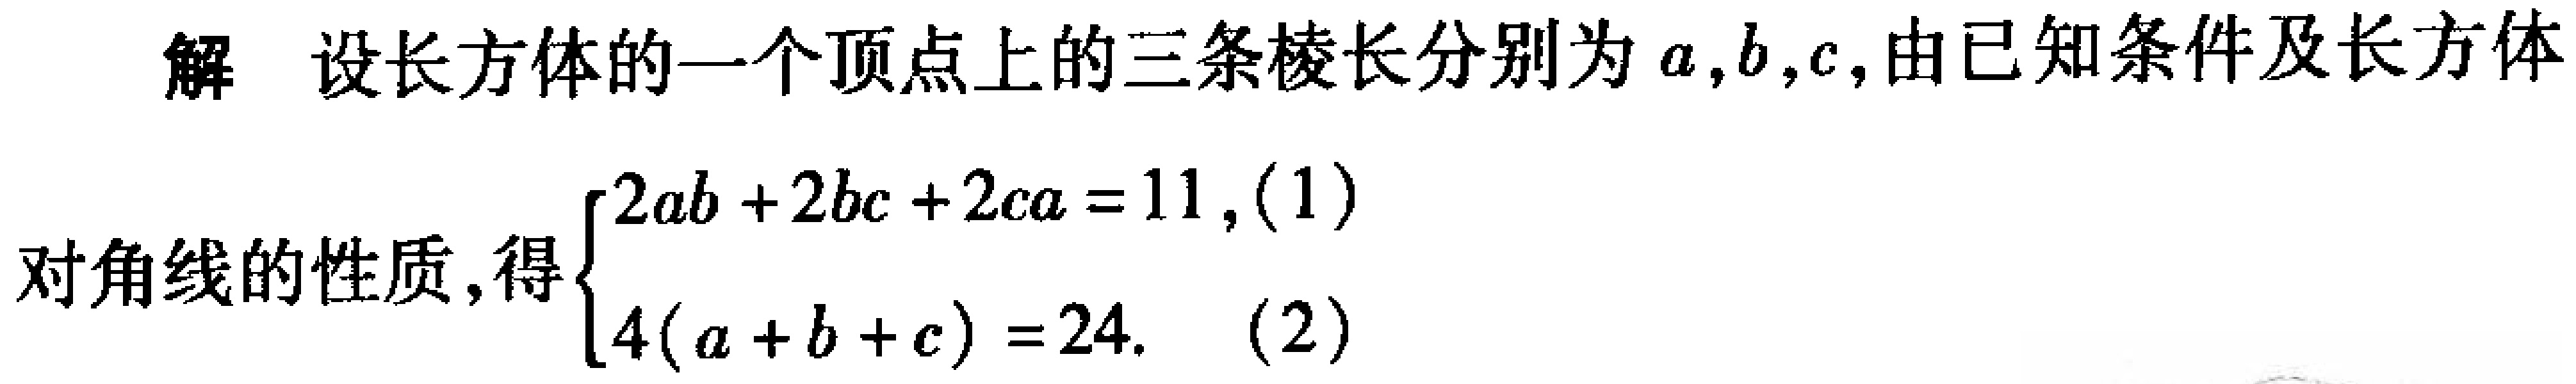
解 设长方体的一个顶点上的三条棱长分别为\(a,b,c\)，由已知条件及长方体
对角线的性质，得\(\begin{cases}2ab + 2bc + 2ca = 11,(1)\\4(a + b + c) = 24.(2)\end{cases}\)